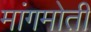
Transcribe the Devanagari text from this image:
मांगमोती